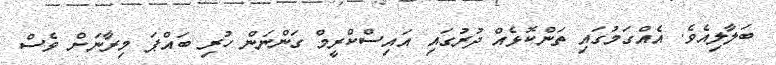
ބަލާލިއެވެ. އެއްގަމުގައި ތަންކޮޅެއް ދުރުގައި އައިސްކްރީމް ގަންނަން ހުރި ބައްޕަ މިރާނަށް ވެެސް